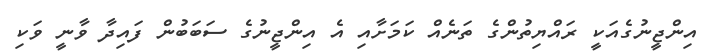
އިންޖީނުގެއަކީ ރައްޔިތުންގެ ތަނެއް ކަމަށާއި އެ އިންޖީނުގެ ސަބަބުން ފައިދާ ވާނީ ވަކި